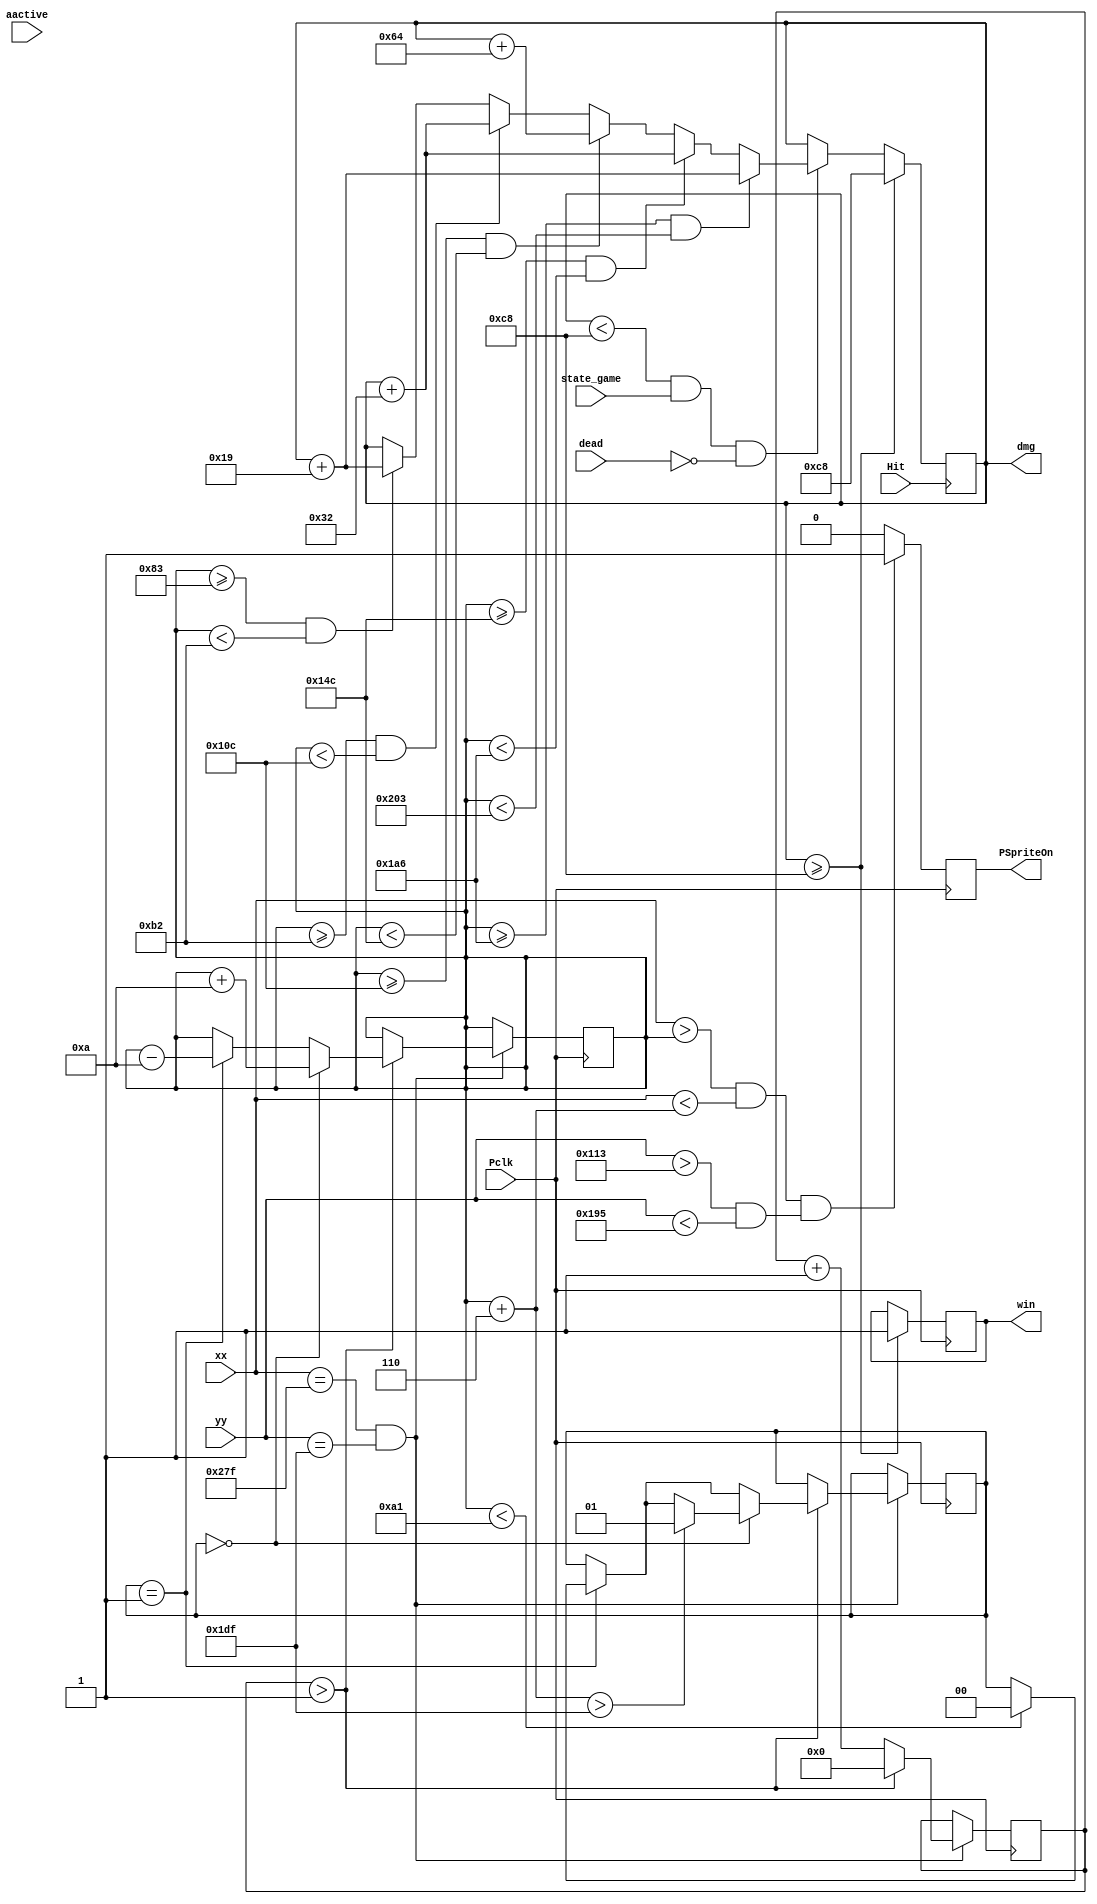
`timescale 1ns / 1ps
//////////////////////////////////////////////////////////////////////////////////
// Company: 
// Engineer: 
// 
// Design Name: 
// Module Name: PivotSprite
// Project Name: 
// Target Devices: 
// Tool Versions: 
// Description: 
// 
// Dependencies: 
// 
// Revision:
// Revision 0.01 - File Created
// Additional Comments:
// 
//////////////////////////////////////////////////////////////////////////////////


module PivotSprite(
    input wire [9:0] xx, // current x position
    input wire [9:0] yy, // current y position
    input wire aactive, // high during active pixel drawing
    output reg PSpriteOn, // 1=on, 0=off
    input wire Pclk, // 25MHz pixel clock
    input wire Hit, // 25MHz pixel clock
    output reg [9:0]dmg, // 25MHz pixel clock
    input wire state_game,
    output reg win=0,
    input wire dead
    );
    
    reg [9:0] PX = 150;            
    reg [9:0] PY = 275;             
    localparam PWidth = 6;        
    localparam PHeight = 130;   
    reg [1:0] Adir = 1;   
    reg [9:0] del=0;
    
    initial dmg = 0;
    always @(posedge Hit)
        begin
        if (dmg < 200 && state_game ==1 && dead==0)
        begin
            if (PX>=131&&PX<178) dmg<=dmg+25;
            if (PX>=178&&PX<268) dmg<=dmg+50;
            if (PX>=268&&PX<332) dmg<=dmg+100;
            if (PX>=332&&PX<422) dmg<=dmg+50;
            if (PX>=422&&PX<515) dmg<=dmg+25;
        end
        if (dmg>=200)
            begin
                dmg <= 200;
            end
        end
              
    always @(posedge Pclk)
        begin
            if (dmg>=200)
            begin
                win=1;
            end
            if ((xx>PX && xx<PX+PWidth) && (yy>PY && yy<PY+PHeight))//v
                begin
                PSpriteOn <= 1;
                end
            else
                begin
                PSpriteOn <= 0;
                end
        end
    always @ (posedge Pclk)
    begin
        if (xx==639 && yy==479)
            begin
                del<=del+1;
                if (del>1)
                    begin
                        del<=0;
                        if (Adir==1)
                            begin
                                PX<=PX-10;
                                if (PX<161)
                                    Adir<=0;
                            end
                        if (Adir==0)
                            begin
                                PX<=PX+10;
                                if (PX+PWidth>479)    
                                    Adir<=1;
                            end
                    end
            end
    end
endmodule